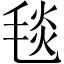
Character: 毯